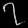
Digit: ၇